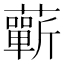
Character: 蘄